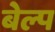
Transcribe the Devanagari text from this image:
बेल्प